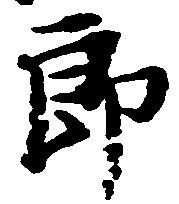
郎